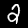
Label: 2